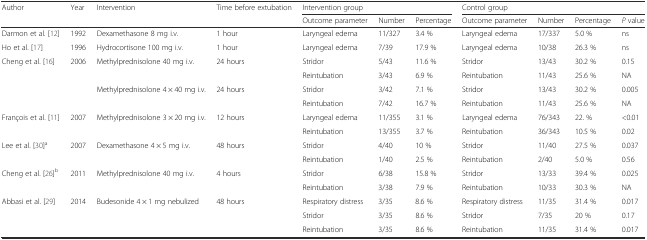
<table><thead><tr><td><b>Author</b></td><td><b>Year</b></td><td><b>Intervention</b></td><td><b>Time before extubation</b></td><td colspan="3"><b>Intervention group</b></td><td colspan="4"><b>Control group</b></td></tr><tr><td></td><td></td><td></td><td></td><td><b>Outcome parameter</b></td><td><b>Number</b></td><td><b>Percentage</b></td><td><b>Outcome parameter</b></td><td><b>Number</b></td><td><b>Percentage</b></td><td><b><i>P</i> value</b></td></tr></thead><tbody><tr><td>Darmon et al. [12]</td><td>1992</td><td>Dexamethasone 8 mg i.v.</td><td>1 hour</td><td>Laryngeal edema</td><td>11/327</td><td>3.4 %</td><td>Laryngeal edema</td><td>17/337</td><td>5.0 %</td><td>ns</td></tr><tr><td>Ho et al. [17]</td><td>1996</td><td>Hydrocortisone 100 mg i.v.</td><td>1 hour</td><td>Laryngeal edema</td><td>7/39</td><td>17.9 %</td><td>Laryngeal edema</td><td>10/38</td><td>26.3 %</td><td>ns</td></tr><tr><td rowspan="2">Cheng et al. [16]</td><td rowspan="2">2006</td><td rowspan="2">Methylprednisolone 40 mg i.v.</td><td rowspan="2">24 hours</td><td>Stridor</td><td>5/43</td><td>11.6 %</td><td>Stridor</td><td>13/43</td><td>30.2 %</td><td>0.15</td></tr><tr><td>Reintubation</td><td>3/43</td><td>6.9 %</td><td>Reintubation</td><td>11/43</td><td>25.6 %</td><td>NA</td></tr><tr><td rowspan="2"></td><td rowspan="2"></td><td rowspan="2">Methylprednisolone 4 × 40 mg i.v.</td><td rowspan="2">24 hours</td><td>Stridor</td><td>3/42</td><td>7.1 %</td><td>Stridor</td><td>13/43</td><td>30.2 %</td><td>0.005</td></tr><tr><td>Reintubation</td><td>7/42</td><td>16.7 %</td><td>Reintubation</td><td>11/43</td><td>25.6 %</td><td>NA</td></tr><tr><td rowspan="2">François et al. [11]</td><td rowspan="2">2007</td><td rowspan="2">Methylprednisolone 3 × 20 mg i.v.</td><td rowspan="2">12 hours</td><td>Laryngeal edema</td><td>11/355</td><td>3.1 %</td><td>Laryngeal edema</td><td>76/343</td><td>22. %</td><td>&lt;0.01</td></tr><tr><td>Reintubation</td><td>13/355</td><td>3.7 %</td><td>Reintubation</td><td>36/343</td><td>10.5 %</td><td>0.02</td></tr><tr><td rowspan="2">Lee et al. [30]<sup>a</sup></td><td rowspan="2">2007</td><td rowspan="2">Dexamethasone 4 × 5 mg i.v.</td><td rowspan="2">48 hours</td><td>Stridor</td><td>4/40</td><td>10 %</td><td>Stridor</td><td>11/40</td><td>27.5 %</td><td>0.037</td></tr><tr><td>Reintubation</td><td>1/40</td><td>2.5 %</td><td>Reintubation</td><td>2/40</td><td>5.0 %</td><td>0.56</td></tr><tr><td rowspan="2">Cheng et al. [26]<sup>b</sup></td><td rowspan="2">2011</td><td rowspan="2">Methylprednisolone 40 mg i.v.</td><td rowspan="2">4 hours</td><td>Stridor</td><td>6/38</td><td>15.8 %</td><td>Stridor</td><td>13/33</td><td>39.4 %</td><td>0.025</td></tr><tr><td>Reintubation</td><td>3/38</td><td>7.9 %</td><td>Reintubation</td><td>10/33</td><td>30.3 %</td><td>NA</td></tr><tr><td rowspan="3">Abbasi et al. [29]</td><td rowspan="3">2014</td><td rowspan="3">Budesonide 4 × 1 mg nebulized</td><td rowspan="3">48 hours</td><td>Respiratory distress</td><td>3/35</td><td>8.6 %</td><td>Respiratory distress</td><td>11/35</td><td>31.4 %</td><td>0.017</td></tr><tr><td>Stridor</td><td>3/35</td><td>8.6 %</td><td>Stridor</td><td>7/35</td><td>20 %</td><td>0.17</td></tr><tr><td>Reintubation</td><td>3/35</td><td>8.6 %</td><td>Reintubation</td><td>11/35</td><td>31.4 %</td><td>0.017</td></tr></tbody></table>